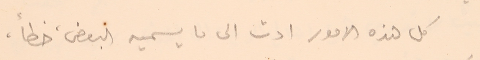
كل هذه الامور ادت الى ما يسميه البعض، خطاً،